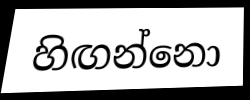
හිඟන්නො